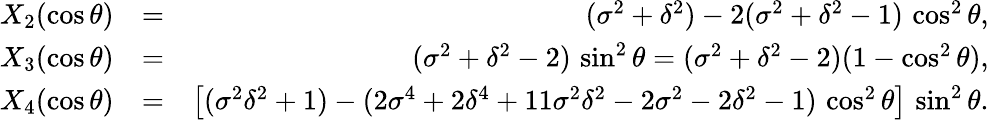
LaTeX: \begin{array}{rlr}{X_{2}(\cos\theta)}&{=}&{(\sigma^{2}+\delta^{2})-2(\sigma^{2}+\delta^{2}-1)\, \cos^{2}\theta,}\\ {X_{3}(\cos\theta)}&{=}&{(\sigma^{2}+\delta^{2}-2)\, \sin^{2}\theta=(\sigma^{2}+\delta^{2}-2)(1-\cos^{2}\theta),}\\ {X_{4}(\cos\theta)}&{=}&{\left[(\sigma^{2}\delta^{2}+1)-(2\sigma^{4}+2\delta^{4}+11\sigma^{2}\delta^{2}-2\sigma^{2}-2\delta^{2}-1)\, \cos^{2}\theta\right]\, \sin^{2}\theta.}\end{array}